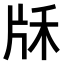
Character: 𤖱